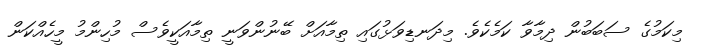
މިކަމުގެ ސަބަބުން ދިމާވާ ކަމެކެވެ. މިދަނޑިވަޅުގައި ތިމާއަށް ބޭނުންވަނީ ތިމާއަކީވެސް މުހިންމު މީހެއްކަން